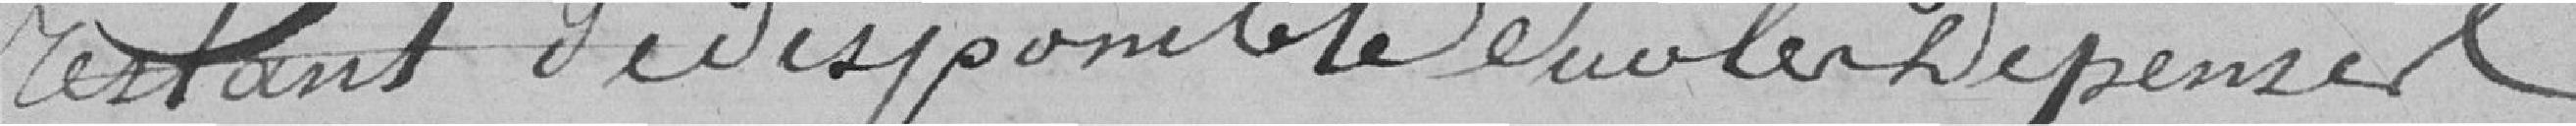
restant de disponible sur les dépenses